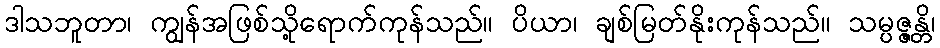
ဒါသဘူတာ၊ ကျွန်အဖြစ်သို့ရောက်ကုန်သည်။ ပိယာ၊ ချစ်မြတ်နိုးကုန်သည်။ သမ္ပဇ္ဇန္တိ၊